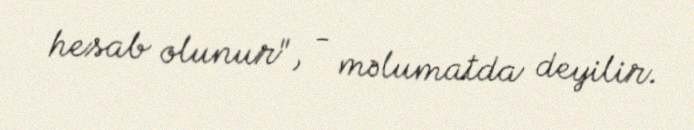
hesab olunur", - məlumatda deyilir.